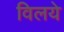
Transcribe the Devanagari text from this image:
विलये